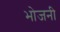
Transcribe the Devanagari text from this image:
भोजनी